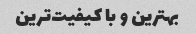
بهترین و با کیفیت‌ترین